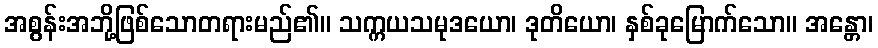
အစွန်းအဘို့ဖြစ်သောတရားမည်၏။ သက္ကယသမုဒယော၊ ဒုတိယော၊ နှစ်ခုမြောက်သော။ အန္တော၊